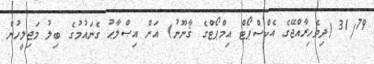
31/79 (ދިވެހިރާއްޖޭގެ އެކްސްޕޯޓް އިމްޕޯޓްގެ ޤާނޫނު) އަށް އިޞްލާޙު ގެނައުމުގެ ބިލު މަޖިލީހުން